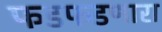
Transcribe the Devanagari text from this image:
फडफडणारा